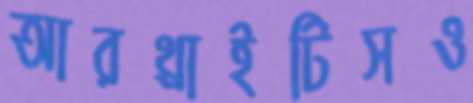
আরথ্রাইটিসও